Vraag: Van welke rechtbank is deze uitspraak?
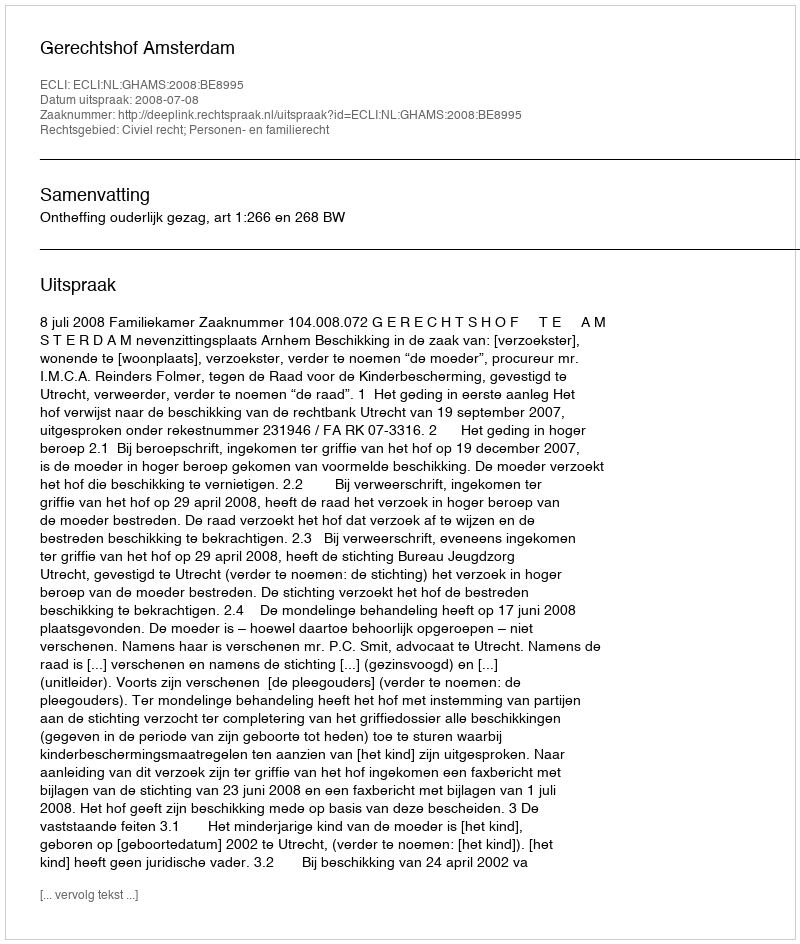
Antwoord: Gerechtshof Amsterdam